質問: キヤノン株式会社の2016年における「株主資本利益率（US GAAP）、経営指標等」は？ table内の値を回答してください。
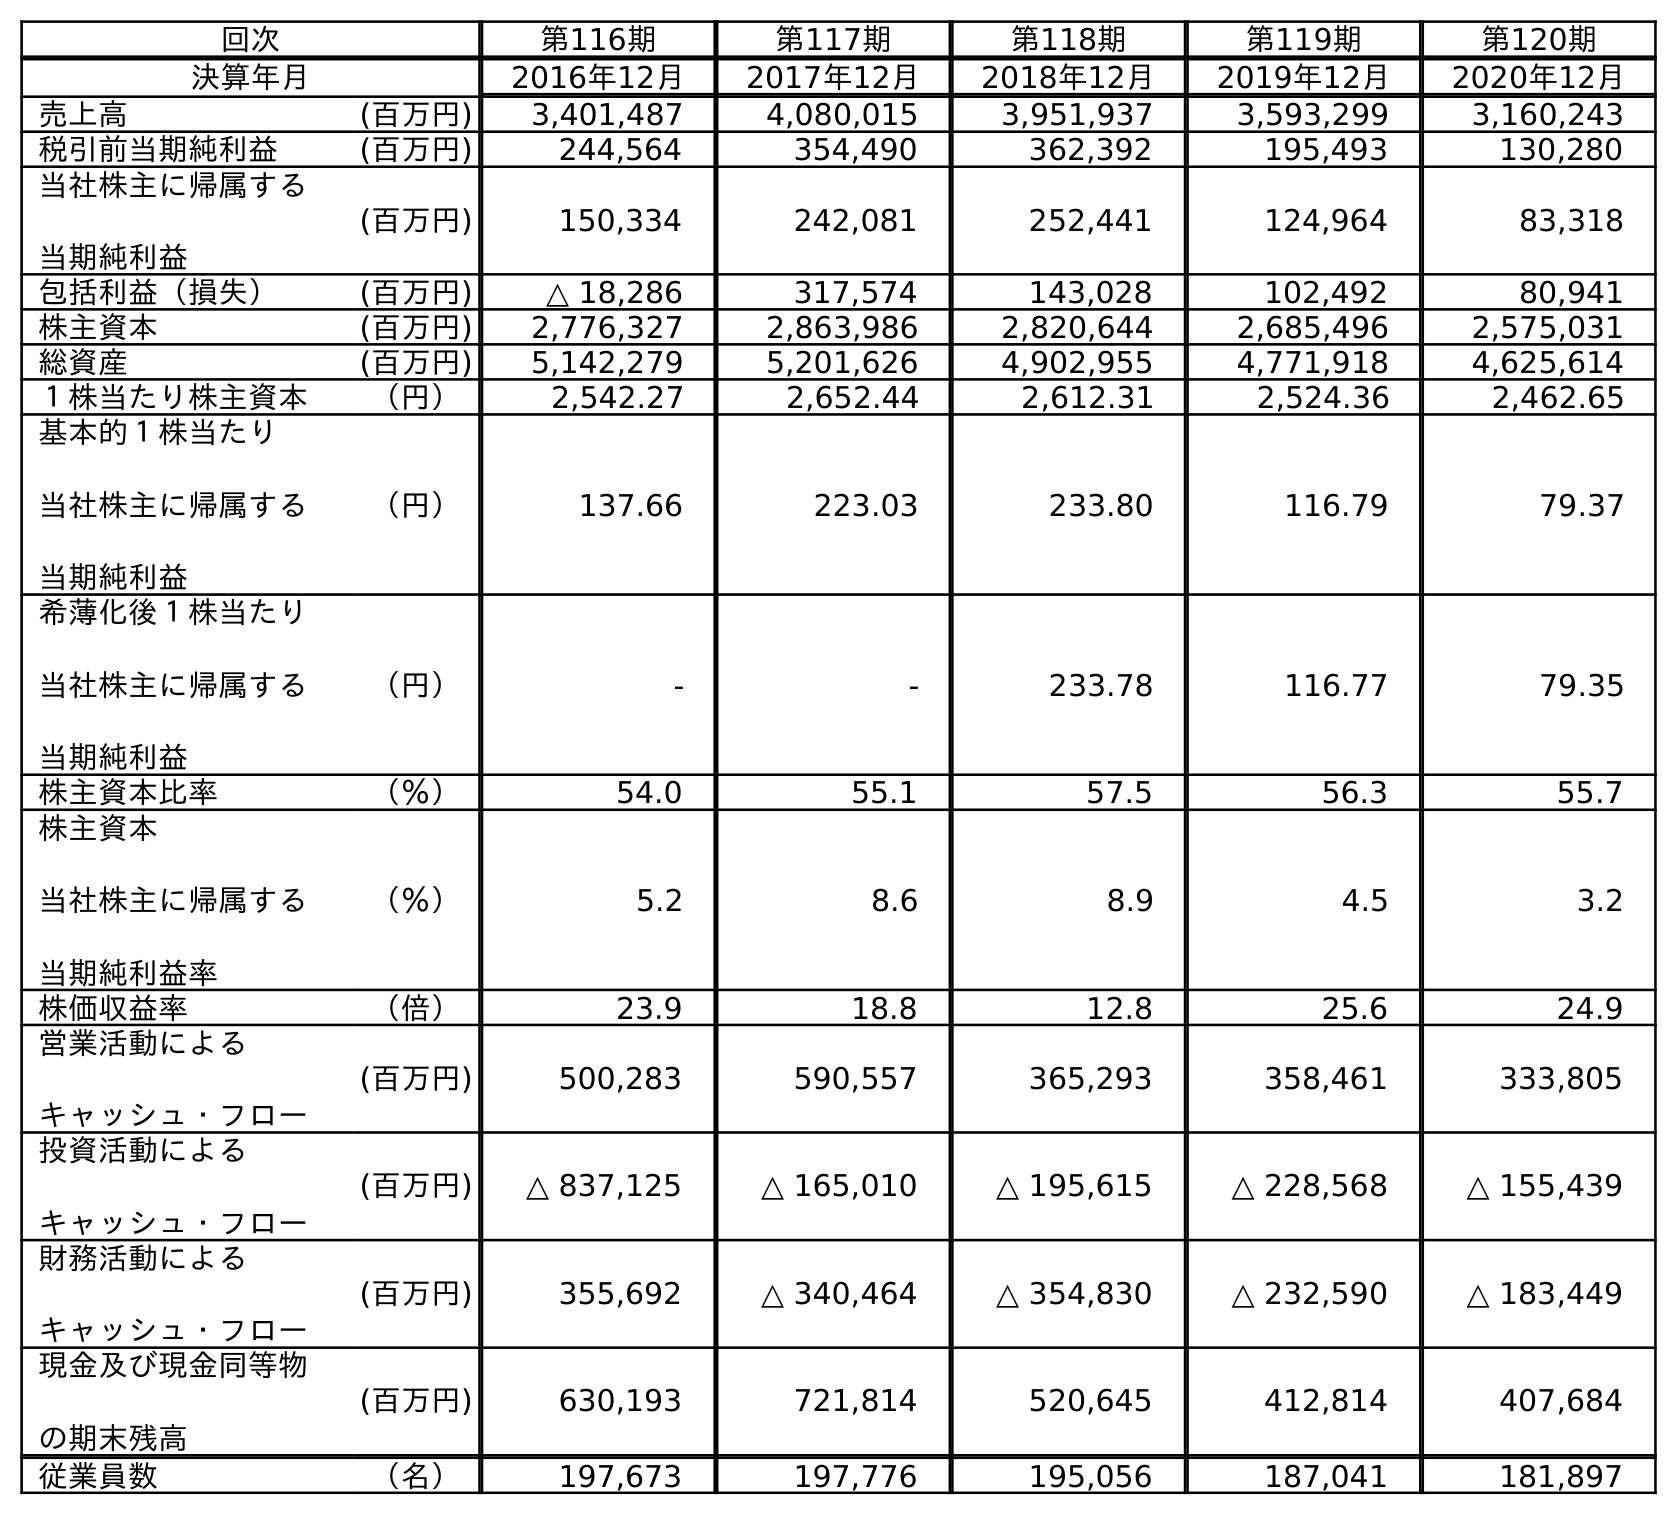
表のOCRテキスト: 回次 第116期 第117期 第118期 第119期 第120期 決算年月 2016年12月 2017年12月 2018年12月 2019年12月 2020年12月 売上高 (百万円) 3,401,487 4,080,015 3,951,937 3,593,299 3,160,243 税引前当期純利益 (百万円) 244,564 354,490 362,392 195,493 130,280 当社株主に帰属する 当期純利益 (百万円) 150,334 242,081 252,441 124,964 83,318 包括利益（損失） (百万円) △ 18,286 317,574 143,028 102,492 80,941 株主資本 (百万円) 2,776,327 2,863,986 2,820,644 2,685,496 2,575,031 総資産 (百万円) 5,142,279 5,201,626 4,902,955 4,771,918 4,625,614 １株当たり株主資本 （円） 2,542.27 2,652.44 2,612.31 2,524.36 2,462.65 基本的１株当たり 当社株主に帰属する 当期純利益 （円） 137.66 223.03 233.80 116.79 79.37 希薄化後１株当たり 当社株主に帰属する 当期純利益 （円） - - 233.78 116.77 79.35 株主資本比率 （％） 54.0 55.1 57.5 56.3 55.7 株主資本 当社株主に帰属する 当期純利益率 （％） 5.2 8.6 8.9 4.5 3.2 株価収益率 （倍） 23.9 18.8 12.8 25.6 24.9 営業活動による キャッシュ・フロー (百万円) 500,283 590,557 365,293 358,461 333,805 投資活動による キャッシュ・フロー (百万円) △ 837,125 △ 165,010 △ 195,615 △ 228,568 △ 155,439 財務活動による キャッシュ・フロー (百万円) 355,692 △ 340,464 △ 354,830 △ 232,590 △ 183,449 現金及び現金同等物 の期末残高 (百万円) 630,193 721,814 520,645 412,814 407,684 従業員数 （名） 197,673 197,776 195,056 187,041 181,897
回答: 5.2